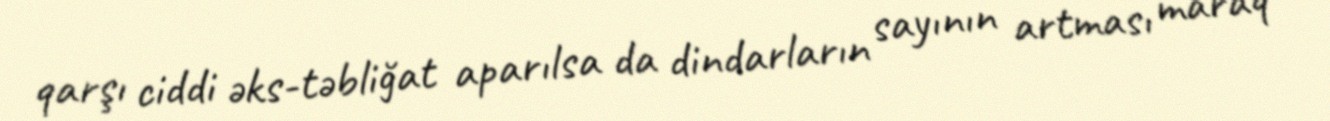
qarşı ciddi əks-təbliğat aparılsa da dindarların sayının artması maraq